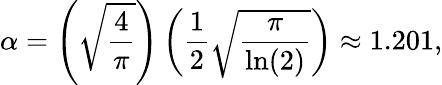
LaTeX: \alpha=\left(\sqrt{\frac{4}{\pi}}\right)\left(\frac{1}{2}\sqrt{\frac{\pi}{\ln(2)}}\right)\approx 1.201,